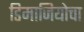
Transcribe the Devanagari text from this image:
डिमाजियोचा